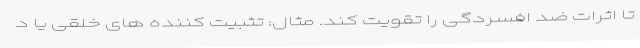
تا اثرات ضد افسردگی را تقویت کند. مثال: تثبیت کننده های خلقی یا د